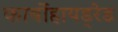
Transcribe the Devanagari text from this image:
कार्बोहायड्रेड